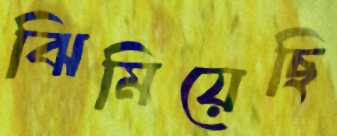
ঝিমিয়েছি